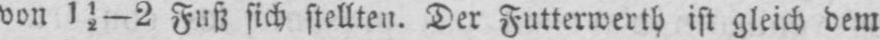
von 1½-2 Fuß sich stellten. Der Futterwerth ist gleich dem